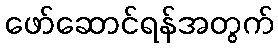
ဖော်ဆောင်ရန်အတွက်